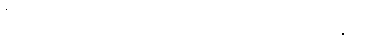
ဂီတ ကတော့ အာရုံခံစားမှုမျိုးစုံရဲ့ စေစားမှုတွေအကြား ဘဝဇာတ်ခုံရဲ့